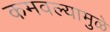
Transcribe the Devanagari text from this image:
कमवल्यामुळे